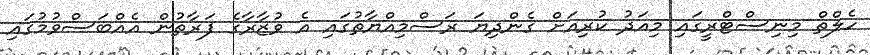
ހެލްތް މިނިސްޓްރީގައި މިއަދު ކުރިއަށް ގެންދިޔަ ރަސްމިއްޔާތުގައި އެ ވުޒާރާގެ ފަރާތުން އެއްބަސްވުމުގައި